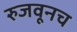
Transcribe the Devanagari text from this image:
रुजवूनच